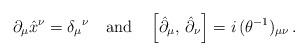
LaTeX: \begin{align*}\partial_{\mu}\hat{x}^{\nu}=\delta_{\mu}{}^{\nu}\quad \textrm{and}\quad \left[ \hat{\partial}_{\mu},\,\hat{\partial}_{\nu}\right]=i\,(\theta^{-1})_{\mu\nu}\,.\end{align*}